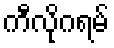
ကီလိုဂရမ်